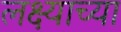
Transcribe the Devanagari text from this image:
लक्ष्याच्या